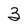
Character: 3